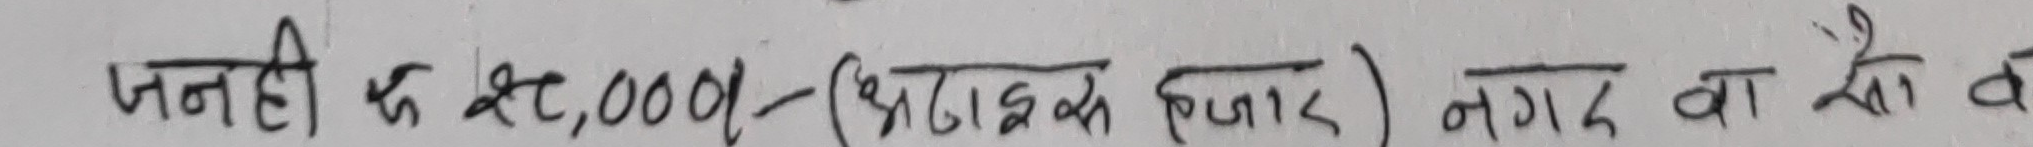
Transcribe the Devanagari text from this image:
जनही रु 20,000/- (अट्ठास हजार) नगद वा भैं व